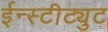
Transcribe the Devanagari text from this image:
ईन्स्टीट्युट